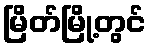
မြိတ်မြို့တွင်